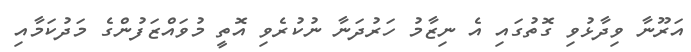
އަރޫނާ ވިދާޅުވި ގޮތުގައި އެ ނިޒާމު ހަރުދަނާ ނުކުރެވި އޮތީ މުވައްޒަފުންގެ މަދުކަމާއި